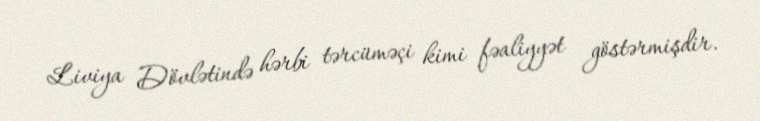
Liviya Dövlətində hərbi tərcüməçi kimi fəaliyyət göstərmişdir.